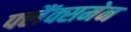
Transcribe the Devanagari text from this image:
फ्लैंक्समेन